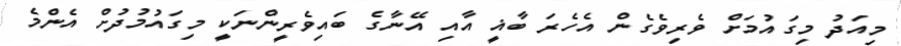
މިއަދު މިގައުމަށް ވެރިވެގެން އެހެރަ ބާޣީ އާއި އޭނާގެ ބައިވެރީންނަކީ މިގައުމުދުށް އެންމެ